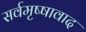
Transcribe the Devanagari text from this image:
सर्वमृष्षावाद